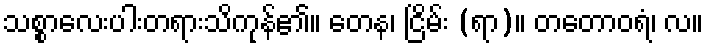
သစ္စာလေးပါးတရားသိကုန်၏။ တေန၊ ငြိမ်း (ရာ)။ တတောဝရံ၊ လ။